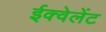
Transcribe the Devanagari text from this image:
ईक्वेलेंट